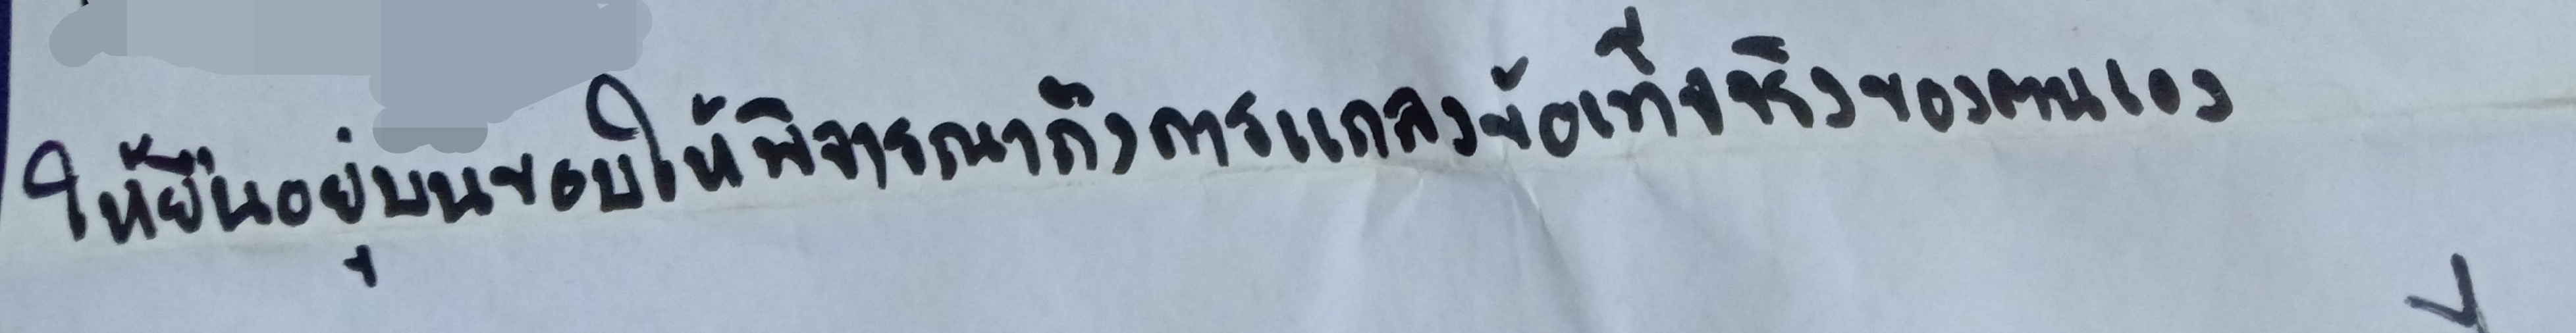
ให้ยืนอยู่บนขอบให้พิจารณาถึงการแถลงข้อเท็จจริงของตนเอง